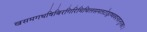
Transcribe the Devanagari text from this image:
खसमगधषिबिरगिरिमिथिलसमतटोड्राष्ववदनदन्तुरकाः।